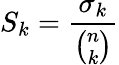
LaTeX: S_{k}={\frac{\sigma_{k}}{\binom{n}{k}}}